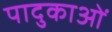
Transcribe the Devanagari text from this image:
पादुकाओं